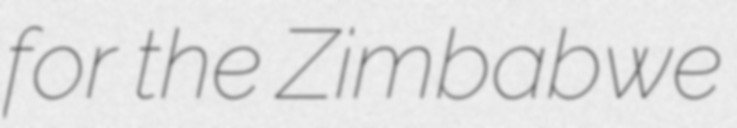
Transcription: for the Zimbabwe